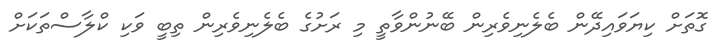
ގޮތަށް ކިޔަވައިދޭން ބެލެނިވެރިން ބޭނުންވާތީ މި ރަށުގެ ބެލެނިވެރިން ތިބީ ވަކި ކްލާސްތަކަށް